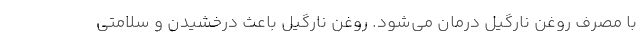
با مصرف روغن نارگیل درمان می­شود. روغن نارگیل باعث درخشیدن و سلامتی